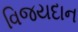
વિજયદાન